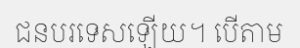
ជនបរទេសឡើយ។ បើតាម